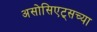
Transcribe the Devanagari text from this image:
असोसिएट्सच्या